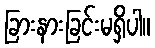
ခြားနားခြင်းမရှိပါ။